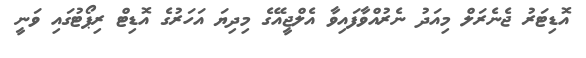
އޮޑިޓަރު ޖެނެރަލް މިއަދު ނެރުއްވާފައިވާ އެލްޖީއޭގެ މިދިޔަ އަހަރުގެ އޮޑިޓް ރިޕޯޓުގައި ވަނީ